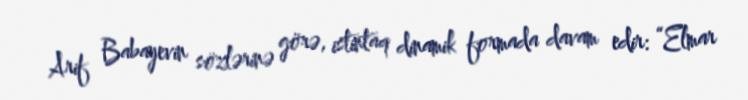
Arif Babayevin sözlərinə görə, istintaq dinamik formada davam edir: “Elmar